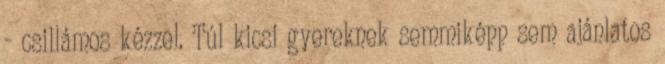
- csillámos kézzel. Túl kicsi gyereknek semmiképp sem ajánlatos